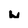
Character: W